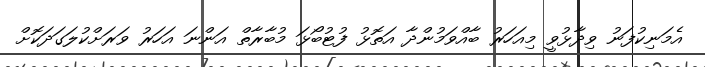
އެމަނިކުފަނު ވިދާޅުވީ މިއަހަރު ބާއްވަމުންދާ އަތޮޅު ފުޓުބޯޅަ މުބާރާތް އަންނަ އަހަރު ވަރަށްކުލަގަދަކޮށް